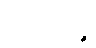
သာဂါရဉ္စ